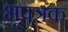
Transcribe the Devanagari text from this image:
भूपत्रक